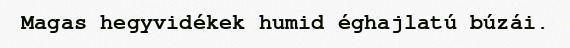
Magas hegyvidékek humid éghajlatú búzái.